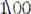
1.00